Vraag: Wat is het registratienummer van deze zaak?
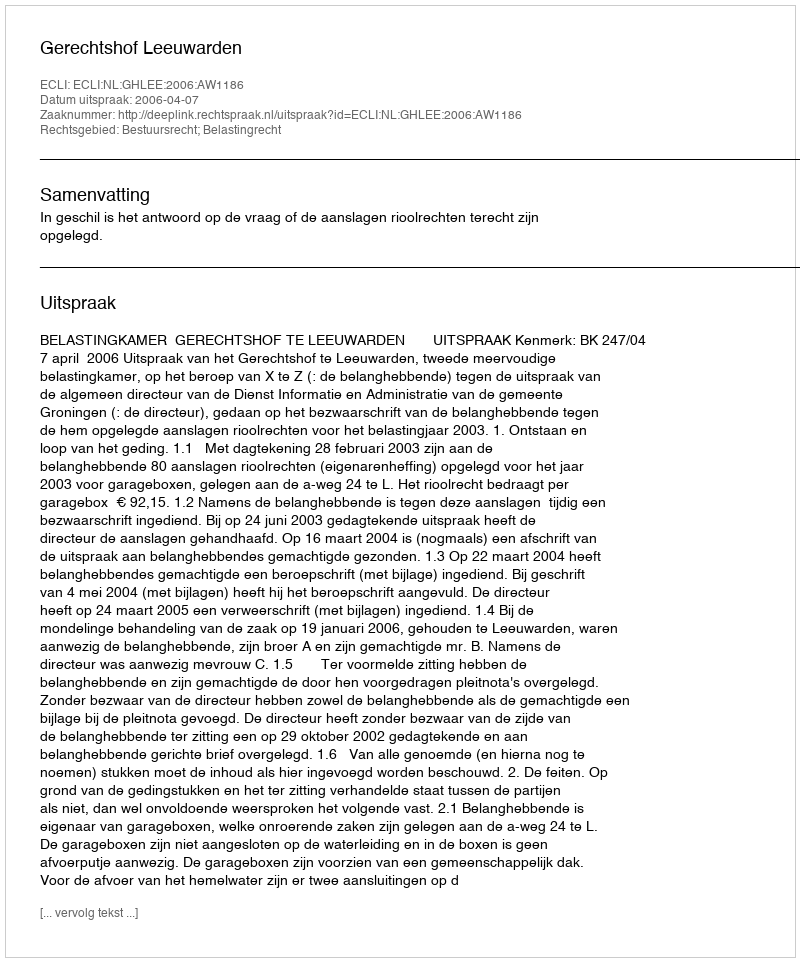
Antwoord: http://deeplink.rechtspraak.nl/uitspraak?id=ECLI:NL:GHLEE:2006:AW1186